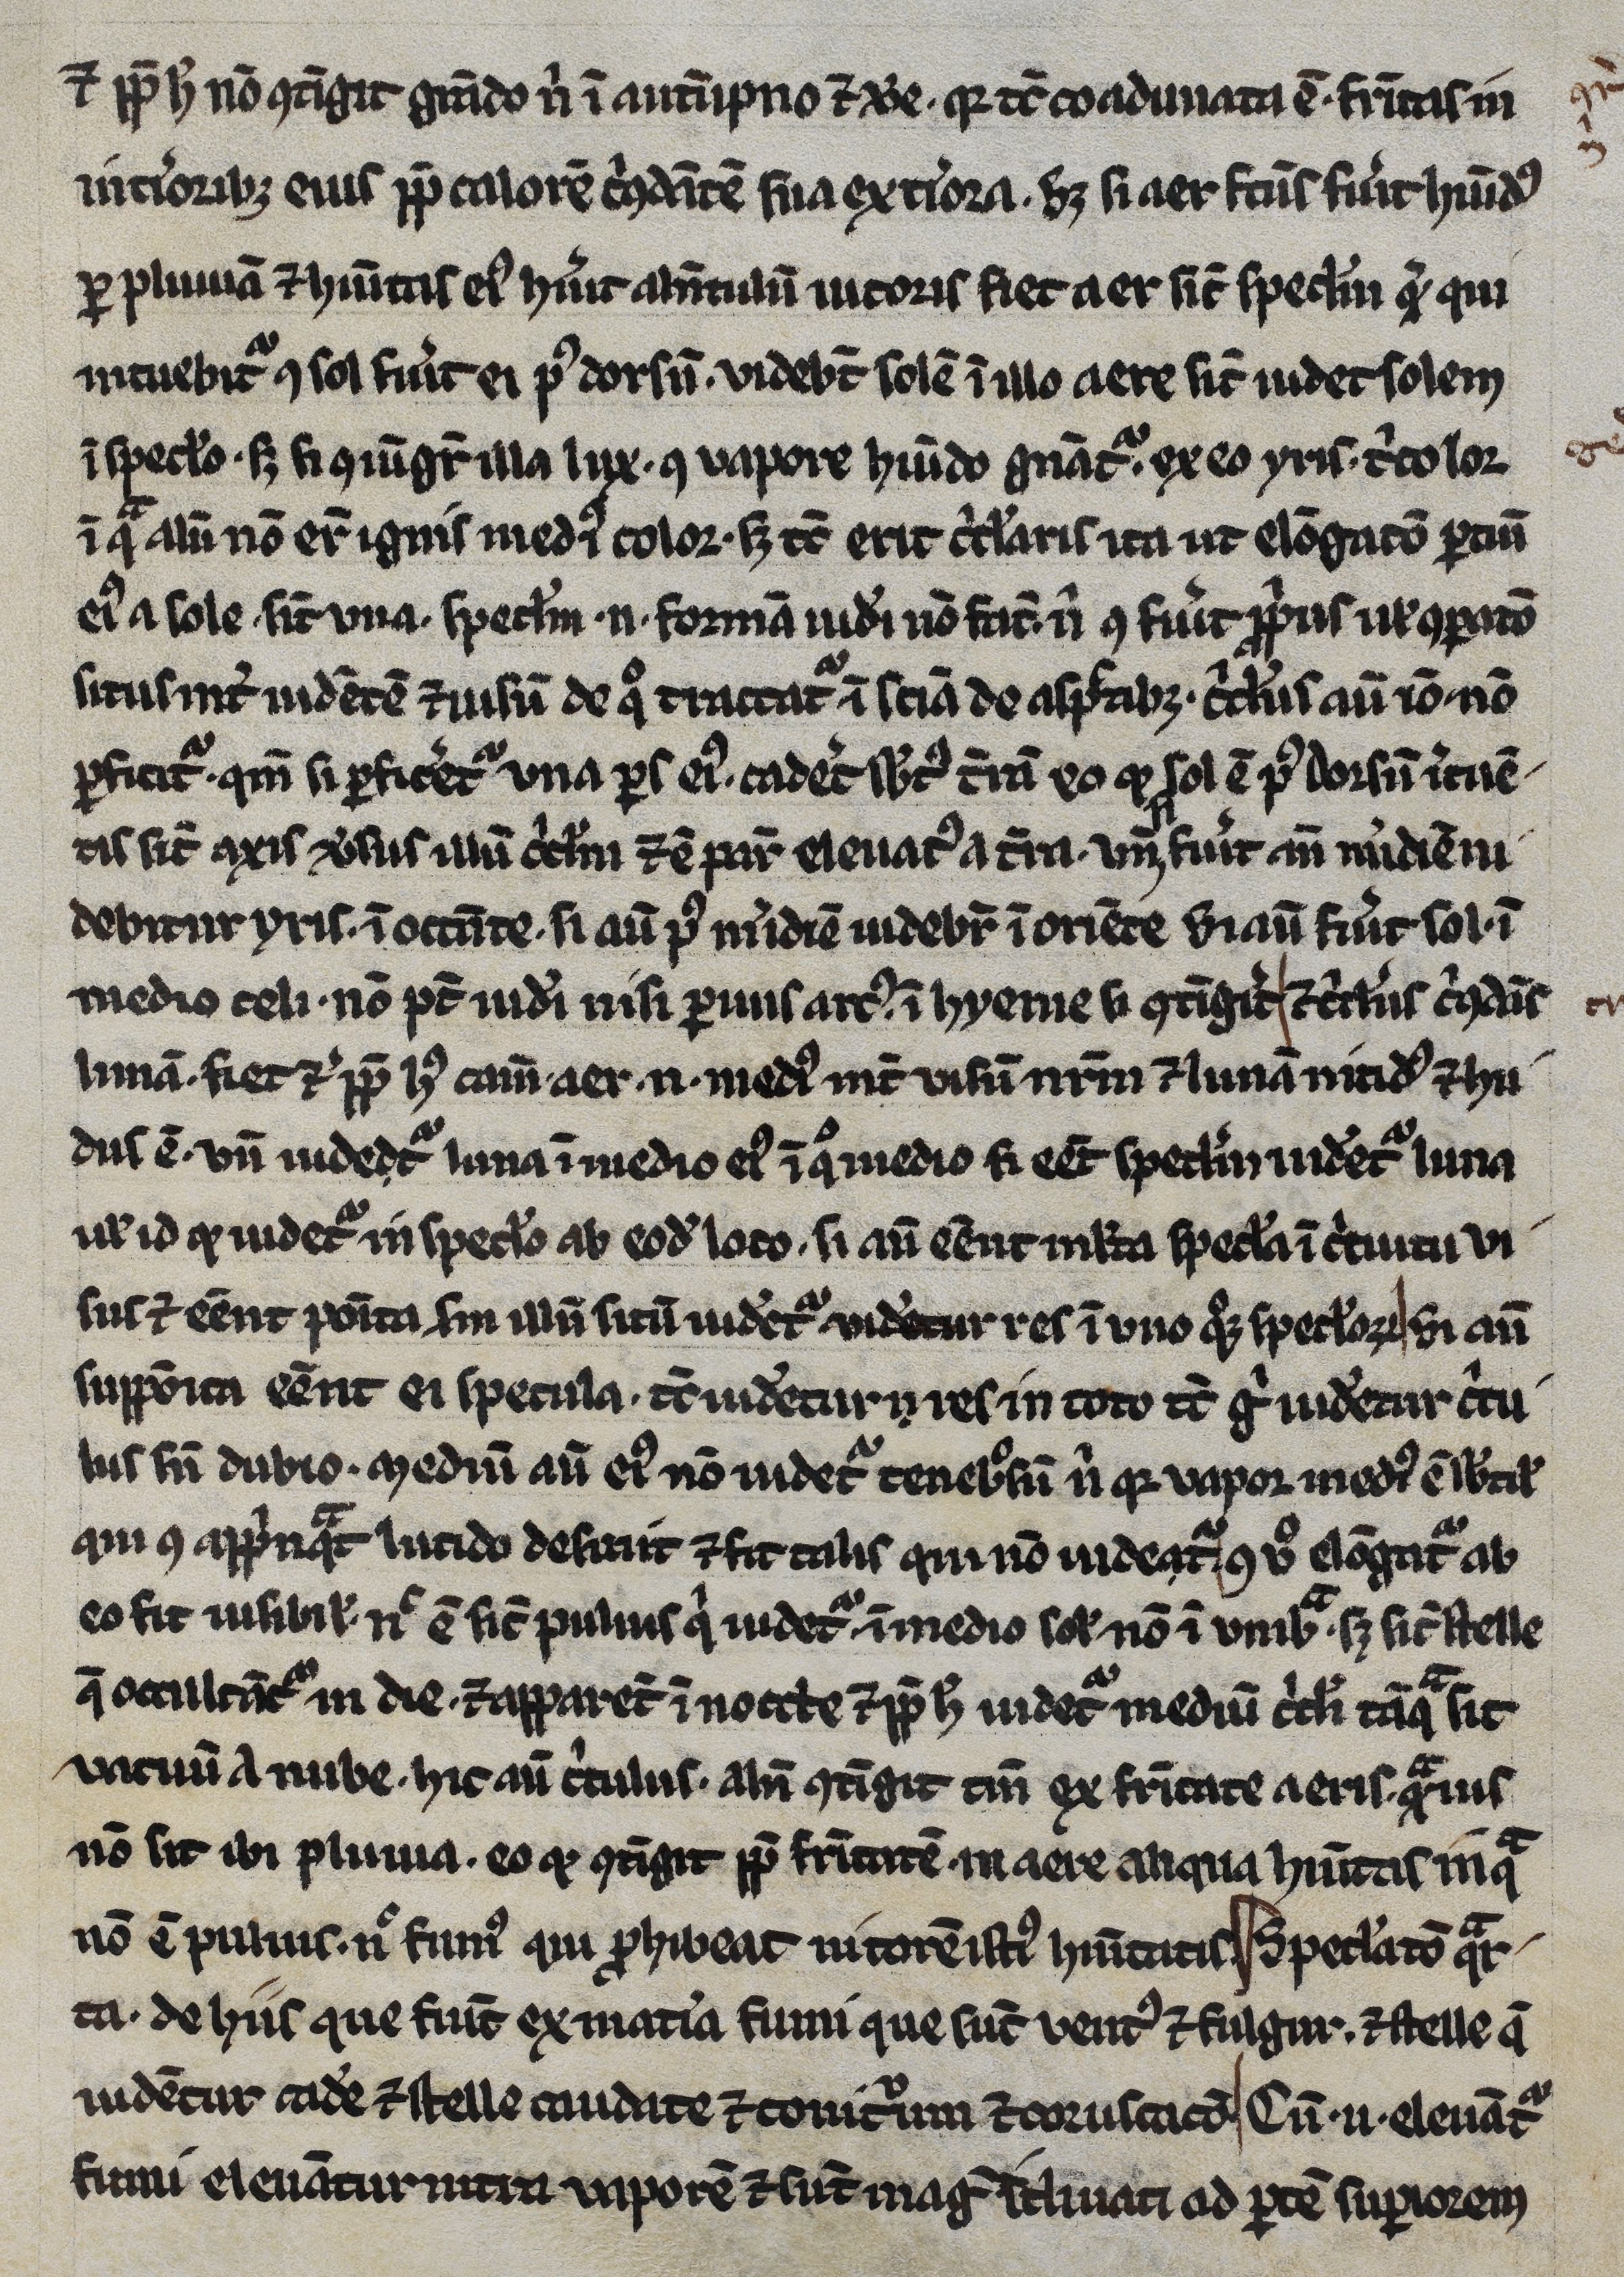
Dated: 1245–1255